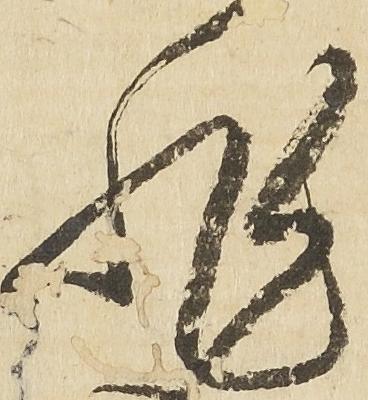
非